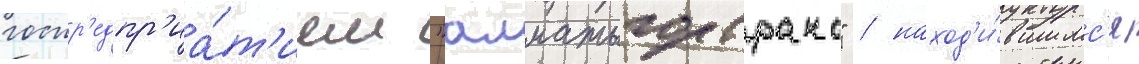
госпр'едпр'иа́т'ием "алматыгортранс" / наход'и́вшимс'я